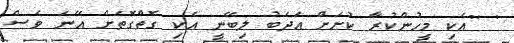
' ''އެކި މީހުންކުރާ ކުށަށް އަދަބު ލިބޭނީ އެކި ގޮތްގޮތަށް އޭނަ ވެސް